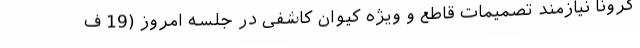
کرونا نیازمند تصمیمات قاطع و ویژه کیوان کاشفی در جلسه امروز (19 ف